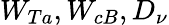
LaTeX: W_{Ta},W_{cB},{D_{\nu}}